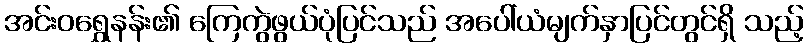
အင်းဝရွှေနန်း၏ ကြေကွဲဖွယ်ပုံပြင်သည် အပေါ်ယံမျက်နှာပြင်တွင်ရှိ သည့်